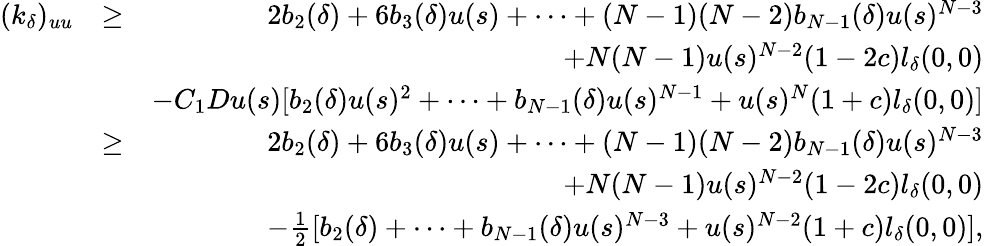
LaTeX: \begin{array}{rlr}{(k_{\delta})_{uu}}&{\geq}&{2b_{2}(\delta)+6b_{3}(\delta)u(s)+\cdots+(N-1)(N-2)b_{N-1}(\delta)u(s)^{N-3}}\\ &{}&{+N(N-1)u(s)^{N-2}(1-2c)l_{\delta}(0,0)}\\ &{}&{-C_{1}Du(s)[b_{2}(\delta)u(s)^{2}+\cdots+b_{N-1}(\delta)u(s)^{N-1}+u(s)^{N}(1+c)l_{\delta}(0,0)]}\\ &{\geq}&{2b_{2}(\delta)+6b_{3}(\delta)u(s)+\cdots+(N-1)(N-2)b_{N-1}(\delta)u(s)^{N-3}}\\ &{}&{+N(N-1)u(s)^{N-2}(1-2c)l_{\delta}(0,0)}\\ &{}&{-\frac{1}{2}[b_{2}(\delta)+\cdots+b_{N-1}(\delta)u(s)^{N-3}+u(s)^{N-2}(1+c)l_{\delta}(0,0)],}\end{array}